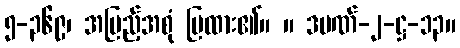
၅-၃၆၉၊ အပြည့်အစုံ ပြထား၏။ ။ ဒပဏ်-၂-ဋ္ဌ-၁၃။